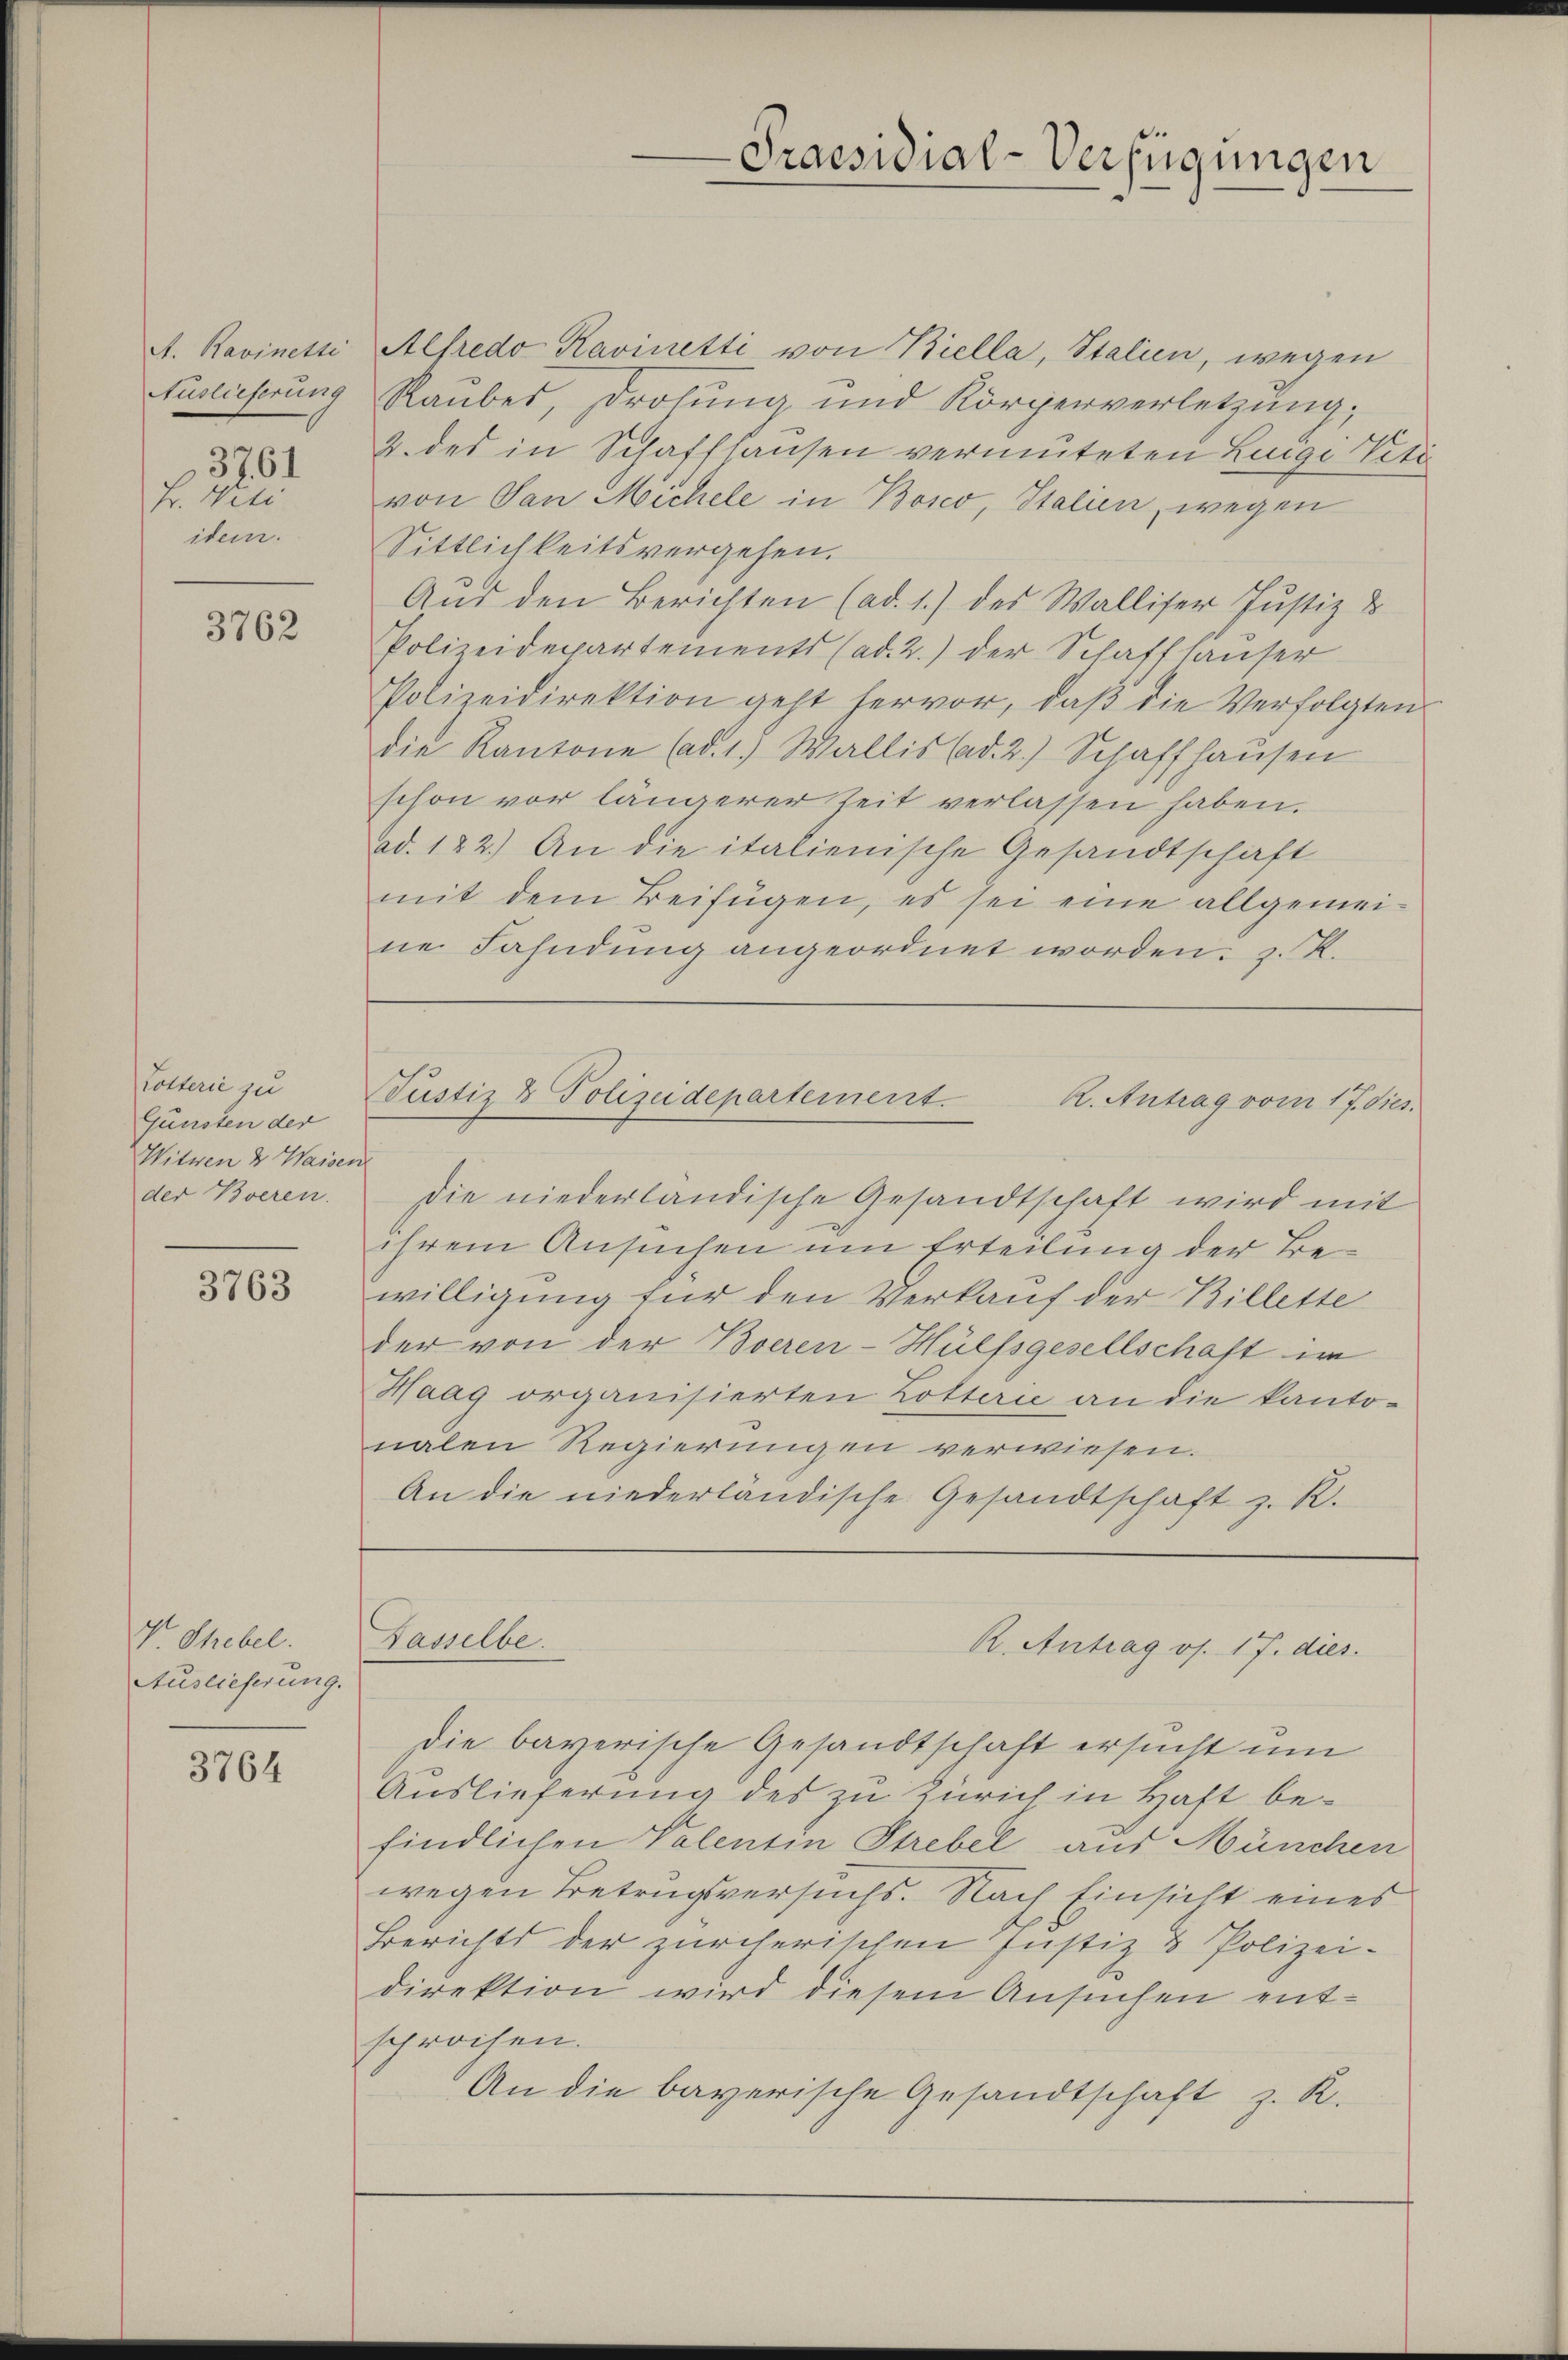
A. Ravinetti
Auslieferung
3761
Fr. Vili
idem.

3762

Lotterie zu
Günsten der
Witwen 2 Waisen
der Bveren.

3763

V Shebel.
Auslieferung.

3764

Alfredo Ravinetti von Biella, Stalien, wegen
Raubes, Drohung und Körperverletzung,
2. des in Schaffhausen vermuteten Lunge Vete
von San Michele in Bosco, Italien, wegen
Sittlichkeitsvergehen.
Aus den Berichten (ad. 1.) des Walliser Justiz &
Polizeidepartements (ad. 2.) der Schaffhauser
Polizeidirektion geht hervor, daß die Verfolgten
die Kantone (ad. 1.) Wallis (ad. 2.) Schaffhaŭsen
schon vor längerer Zeit verlassen haben.
ad. 122.) An die italienische Gesandtschaft
mit dem Beifügen, es sei eine allgemeine Fahndung angeordnet worden. J. K.
Justiz & Polizeidepartement.
R. Antrag vom 17. dies
Die niederländische Gesandtschaft wird mit
ihrem Ansuchen um Erteilung der Bewilligung für den Verkauf der Billette
der von der Bveren-Hülfsgesellschaft im
Haag organisierten Lotterić an die kantonalen Regierungen verwiesen.
An die niederländische Gesandtschaft z. R.

Kasselbe.

-Praesidial-Verfügungen

R. Antrag os. 17. dies

die bayerische Gesandtschaft ersucht um
Auslieferung des zu Zürich in Haft befindlichen Valentin Strebel aus München
wegen Betrugsversuchs. Nach Einsicht eines
Berichts der zürcherischen Justiz & Polizei-
direktion wird diesem Ansuchen entsprochen.
An die bayerische Gesandtschaft z. R.